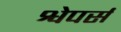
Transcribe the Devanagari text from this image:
श्वेपर्स